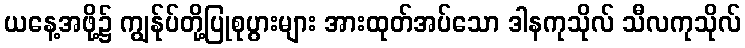
ယနေ့အဖို့၌ ကျွန်ုပ်တို့ပြုစုပွားများ အားထုတ်အပ်သော ဒါနကုသိုလ် သီလကုသိုလ်